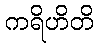
ကရိဟိတိ